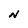
Character: N